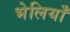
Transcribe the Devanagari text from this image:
भेलियाँ